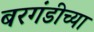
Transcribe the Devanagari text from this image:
बरगंडीच्या